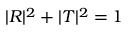
| R | ^ { 2 } + | T | ^ { 2 } = 1